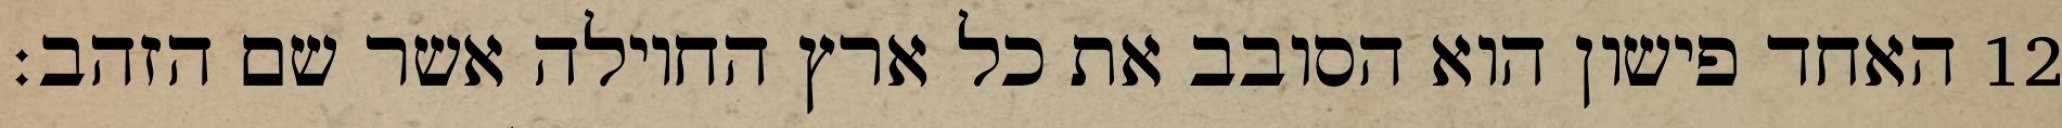
האחד פישון הוא הסובב את כל ארץ החוילה אשר שם הזהב׃ ‎12‏